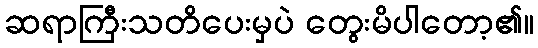
ဆရာကြီးသတိပေးမှပဲ တွေးမိပါတော့၏။